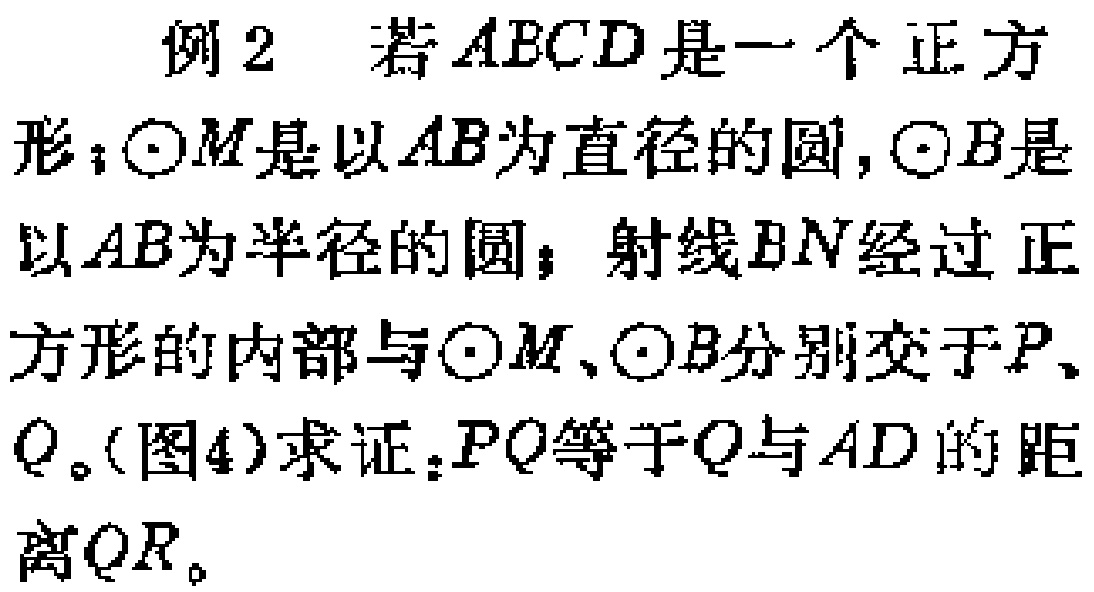
例2 若$ABCD$是一个正方形；$\odot M$是以$AB$为直径的圆，$\odot B$是以$AB$为半径的圆；射线$BN$经过正方形的内部与$\odot M$、$\odot B$分别交于$P$、$Q$。(图4)求证：$PQ$等于$Q$与$AD$的距离$QR$。